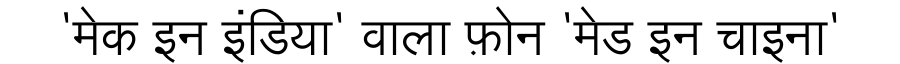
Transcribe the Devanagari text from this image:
'मेक इन इंडिया' वाला फ़ोन 'मेड इन चाइना'